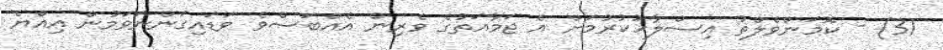
31) - ކޮމަންވެލްތު އިސްލާހުކުރުމަށް އެ ޖަމާއަތުގެ ވެރިން އެއްބަސްވެ ވަޑައިގަންނަވަމުން އިއްޔެ